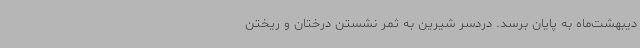
دیبهشت‌ماه به پایان برسد. دردسر شیرین به ثمر نشستن درختان و ریختن